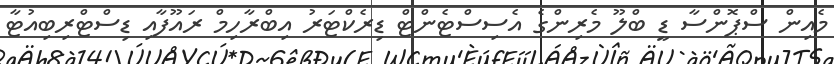
މެއިން ސްޕޮންސާ ޑީ ބްލޫ މެރިންގެ އެސިސްޓެންޓް ޑިރެކްޓަރު އިބްރާހިމް ރައޫފާއި ޑިސްޓްރިބިއުޓާ